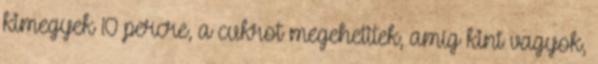
kimegyek 10 percre, a cukrot megehetitek, amíg kint vagyok,